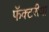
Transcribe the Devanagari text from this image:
फॅक्टरीया